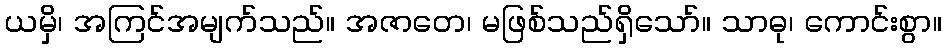
ယမှိ၊ အကြင်အမျက်သည်။ အဇာတေ၊ မဖြစ်သည်ရှိသော်။ သာဓု၊ ကောင်းစွာ။